Indian journal of veterinary science and animal husbandry - Volume 10,
Year: 1940
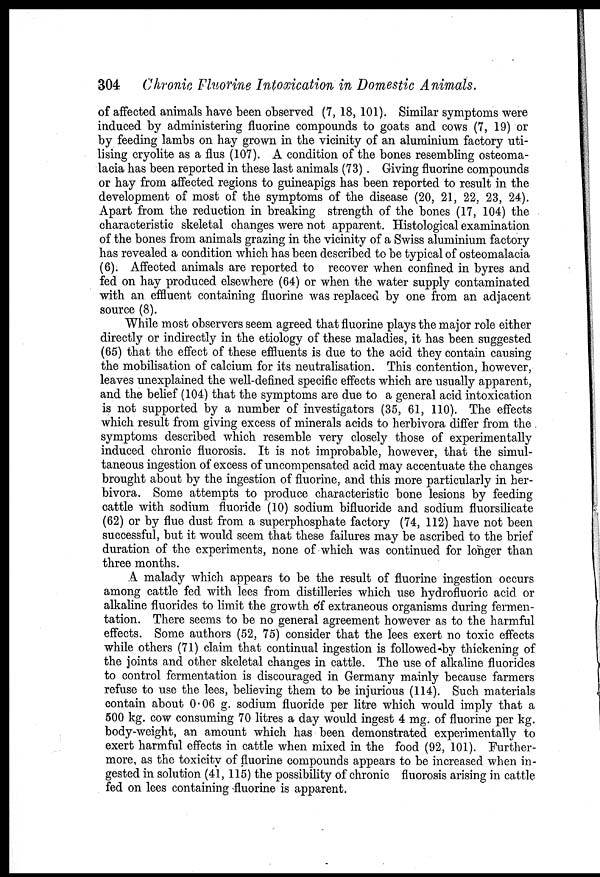
304 Chronic Fluorine Intoxication in Domestic Animals.
of affected animals have been observed (7, 18, 101). Similar symptoms were
induced by administering fluorine compounds to goats and cows (7, 19) or
by feeding lambs on hay grown in the vicinity of an aluminium factory uti-
lising cryolite as a flus (107). A condition of the bones resembling osteoma-
lacia has been reported in these last animals (73) . Giving fluorine compounds
or hay from affected regions to guineapigs has been reported to result in the
development of most of the symptoms of the disease (20, 21, 22, 23, 24).
Apart from the reduction in breaking strength of the bones (17, 104) the
characteristic skeletal changes were not apparent. Histological examination
of the bones from animals grazing in the vicinity of a Swiss aluminium factory
has revealed a condition which has been described to be typical of osteomalacia
(6). Affected animals are reported to recover when confined in byres and
fed on hay produced elsewhere (64) or when the water supply contaminated
with an effluent containing fluorine was replaced by one from an adjacent
source (8).
While most observers seem agreed that fluorine plays the major role either
directly or indirectly in the etiology of these maladies, it has been suggested
(65) that the effect of these effluents is due to the acid they contain causing
the mobilisation of calcium for its neutralisation. This contention, however,
leaves unexplained the well-defined specific effects which are usually apparent,
and the belief (104) that the symptoms are due to a general acid intoxication
is not supported by a number of investigators (35, 61, 110). The effects
which result from giving excess of minerals acids to herbivora differ from the
symptoms described which resemble very closely those of experimentally
induced chronic fluorosis. It is not improbable, however, that the simul-
taneous ingestion of excess of uncompensated acid may accentuate the changes
brought about by the ingestion of fluorine, and this more particularly in her-
bivora. Some attempts to produce characteristic bone lesions by feeding
cattle with sodium fluoride (10) sodium bifluoride and sodium fluorsilicate
(62) or by flue dust from a superphosphate factory (74, 112) have not been
successful, but it would seem that these failures may be ascribed to the brief
duration of the experiments, none of which was continued for longer than
three months.
A malady which appears to be the result of fluorine ingestion occurs
among cattle fed with lees from distilleries which use hydrofluoric acid or
alkaline fluorides to limit the growth of extraneous organisms during fermen-
tation. There seems to be no general agreement however as to the harmful
effects. Some authors (52, 75) consider that the lees exert no toxic effects
while others (71) claim that continual ingestion is followed by thickening of
the joints and other skeletal changes in cattle. The use of alkaline fluorides
to control fermentation is discouraged in Germany mainly because farmers
refuse to use the lees, believing them to be injurious (114). Such materials
contain about 0.06 g. sodium fluoride per litre which would imply that a
500 kg. cow consuming 70 litres a day would ingest 4 mg. of fluorine per kg.
body-weight, an amount which has been demonstrated experimentally to
exert harmful effects in cattle when mixed in the food (92, 101). Further-
more, as the toxicity of fluorine compounds appears to be increased when in-
gested in solution (41, 115) the possibility of chronic fluorosis arising in cattle
fed on lees containing fluorine is apparent.